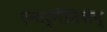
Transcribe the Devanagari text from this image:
एनार्गैनिशेन्